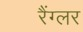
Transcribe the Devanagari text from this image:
रैंग्लर